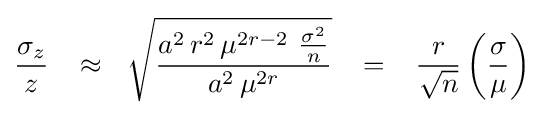
{{\sigma _{z}} \over z}\,\,\,\,\,\approx \,\,\,\,{\sqrt {{a^{2}\,r^{2}\,\mu ^{2r-2}\,\,{{\sigma ^{2}} \over n}} \over {a^{2}\,\mu ^{2r}}}}\,\,\,\,\,=\,\,\,\,\,{r \over {\sqrt {n}}}\left({\sigma  \over \mu }\right)